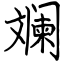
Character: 斓